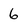
Character: 6